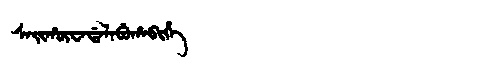
Manchu: ᠰᠠᡳᡥᡡᠸᠠᡩᠠᠯᠠᠪᡠᡥᠠᠪᡳᡥᡝ
Romanization: SAIHŪWADALABUHABIHE